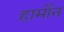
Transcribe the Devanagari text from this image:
हार्मोंन